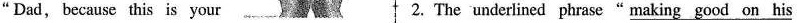
"Dad, because this is your 2. The underlined phrase"\underline{making good on his }